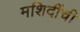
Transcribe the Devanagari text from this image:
मशिदींची